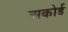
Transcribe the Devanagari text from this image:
अकोर्ड